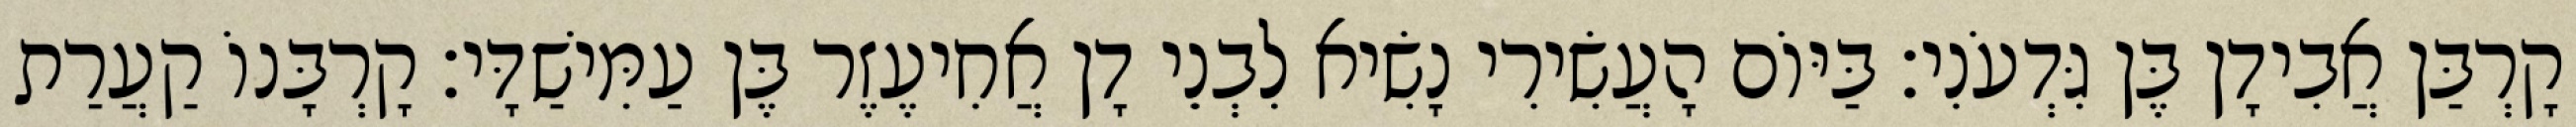
קָרְבַּן אֲבִידָן בֶּן גִּדְעֹנִי׃ בַּיּוֹם הָעֲשִׂירִי נָשִׂיא לִבְנֵי דָן אֲחִיעֶזֶר בֶּן עַמִּישַׁדָּי׃ קָרְבָּנוֹ קַעֲרַת